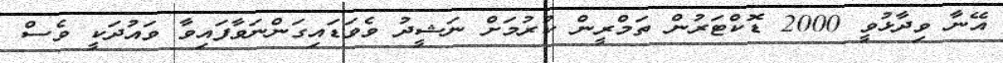
އޭނާ ވިދާޅުވީ 2000 ޑޮކްޓަރުން ތަމްރީން ކުރުމަށް ނަޝީދު ވެވަޑައިގަންނަވާފައިވާ ވައުދަކީ ވެސް